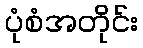
ပုံစံအတိုင်း